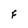
Character: F